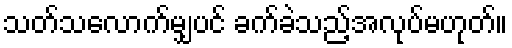
သတ်သလောက်မျှပင် ခက်ခဲသည့်အလုပ်မဟုတ်။